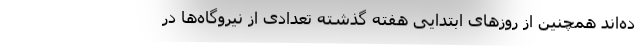
ده‌اند همچنین از روزهای ابتدایی هفته گذشته تعدادی از نیروگاه‌ها در